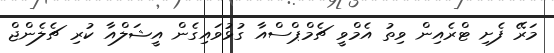
މަރޭ ފެށި ޓްރެއިން ވިތު އެމްވީ ޗެމްޕްސްއާ ގުޅުވައިގެން އީޝަލްއާ ކުރި ޗެލެންޖް